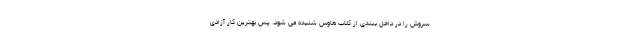
سروش را در داخل ببندی از کلاب هاوس شنیده می شود. پس بهترین کار آزادی